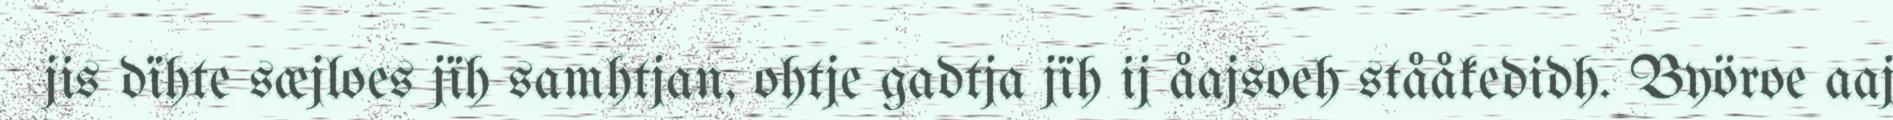
jis dïhte sæjloes jïh samhtjan, ohtje gadtja jïh ij åajsoeh stååkedidh. Byöroe aaj